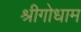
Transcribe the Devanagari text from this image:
श्रीगोधाम